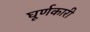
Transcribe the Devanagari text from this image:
घूर्णकारी